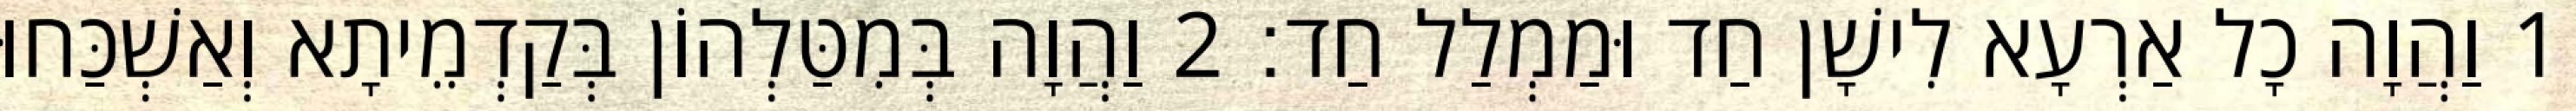
1 וַהֲוָה כָל אַרְעָא לִישָׁן חַד וּמַמְלַל חַד׃ 2 וַהֲוָה בְּמִטַּלְהוֹן בְּקַדְמֵיתָא וְאַשְׁכַּחוּ